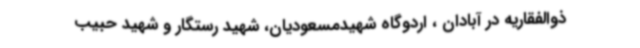
ذوالفقاریه در آبادان ، اردوگاه شهیدمسعودیان، شهید رستگار و شهید حبیب